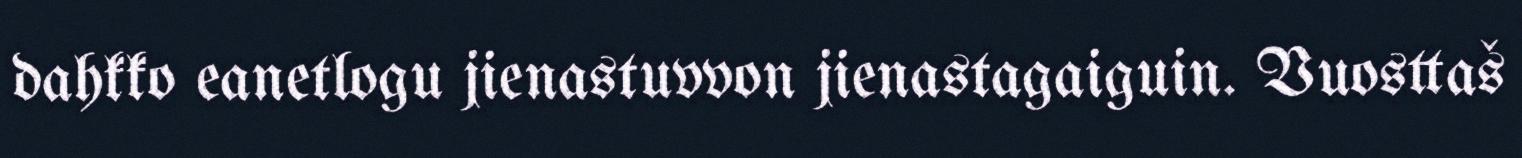
dahkko eanetlogu jienastuvvon jienastagaiguin. Vuosttaš